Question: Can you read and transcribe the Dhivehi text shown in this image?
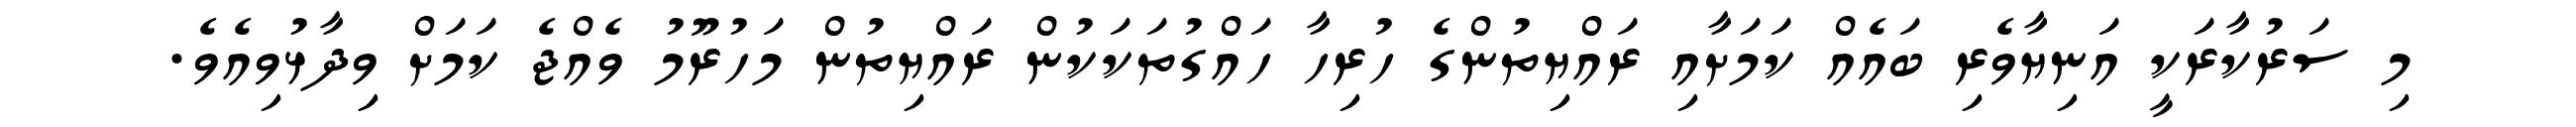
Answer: މި ސަރުކާރަކީ އަނިޔާވެރި ބައެއް ކަމަށާއި ރައްޔިތުންގެ ހުރިހާ ހައްގުތަކަކުން ރައްޔިތުން މަހުރޫމު ވެއްޖެ ކަމަށް ވިދާޅުވިއެވެ.